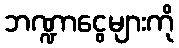
ဘဏ္ဍာငွေများကို